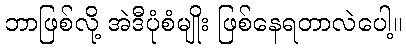
ဘာဖြစ်လို့ အဲဒီပုံစံမျိုး ဖြစ်နေရတာလဲပေါ့။